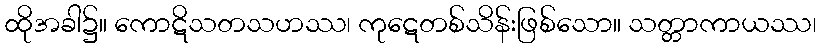
ထိုအခါ၌။ ကောဋိသတသဟဿ၊ ကုဋေတစ်သိန်းဖြစ်သော။ သတ္တာကာယဿ၊